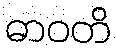
ဓာဝတိ